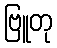
ဗြူတု